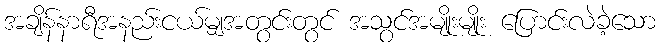
အချိန်နာရီအနည်းငယ်မျှအတွင်းတွင် အသွင်အမျိုးမျိုး ပြောင်းလဲခဲ့သော